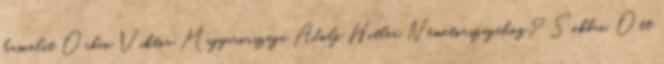
hasonlít Orbán Viktor Magyarországa Adolf Hitler Németországához? Sokban. Ott